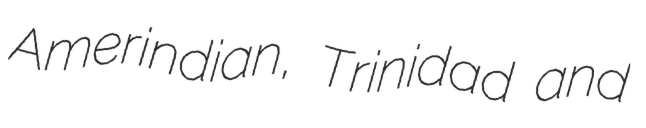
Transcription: Amerindian, Trinidad and